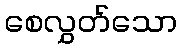
စေလွှတ်သော